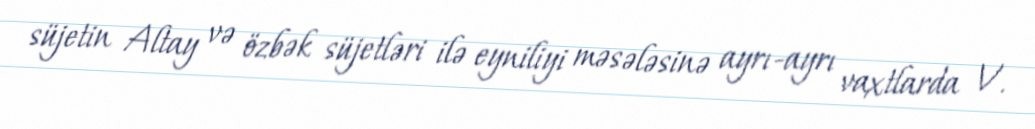
süjetin Altay və özbək süjetləri ilə eyniliyi məsələsinə ayrı-ayrı vaxtlarda V.